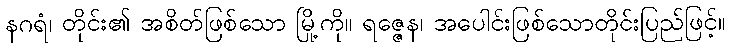
နဂရံ၊ တိုင်း၏ အစိတ်ဖြစ်သော မြို့ကို။ ရဇ္ဇေန၊ အပေါင်းဖြစ်သောတိုင်းပြည်ဖြင့်။